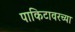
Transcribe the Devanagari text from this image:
पाकिटावरच्या